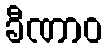
ခီဏာဝ